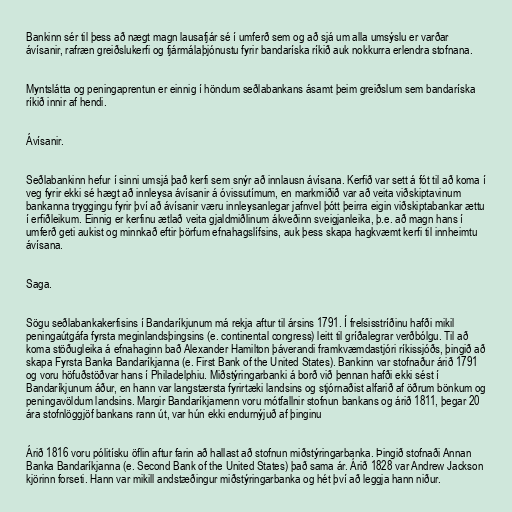
Bankinn sér til þess að nægt magn lausafjár sé í umferð sem og að sjá um alla umsýslu er varðar
ávísanir, rafræn greiðslukerfi og fjármálaþjónustu fyrir bandaríska ríkið auk nokkurra erlendra stofnana.

Myntslátta og peningaprentun er einnig í höndum seðlabankans ásamt þeim greiðslum sem bandaríska
ríkið innir af hendi.

Ávísanir.

Seðlabankinn hefur í sinni umsjá það kerfi sem snýr að innlausn ávísana. Kerfið var sett á fót til að koma í
veg fyrir ekki sé hægt að innleysa ávísanir á óvissutímum, en markmiðið var að veita viðskiptavinum
bankanna tryggingu fyrir því að ávísanir væru innleysanlegar jafnvel þótt þeirra eigin viðskiptabankar ættu
í erfiðleikum. Einnig er kerfinu ætlað veita gjaldmiðlinum ákveðinn sveigjanleika, þ.e. að magn hans í
umferð geti aukist og minnkað eftir þörfum efnahagslífsins, auk þess skapa hagkvæmt kerfi til innheimtu
ávísana.

Saga.

Sögu seðlabankakerfisins í Bandaríkjunum má rekja aftur til ársins 1791. Í frelsisstríðinu hafði mikil
peningaútgáfa fyrsta meginlandsþingsins (e. continental congress) leitt til gríðalegrar verðbólgu. Til að
koma stöðugleika á efnahaginn bað Alexander Hamilton þáverandi framkvæmdastjóri ríkissjóðs, þingið að
skapa Fyrsta Banka Bandaríkjanna (e. First Bank of the United States). Bankinn var stofnaður árið 1791
og voru höfuðstöðvar hans í Philadelphiu. Miðstýringarbanki á borð við þennan hafði ekki sést í
Bandaríkjunum áður, en hann var langstærsta fyrirtæki landsins og stjórnaðist alfarið af öðrum bönkum og
peningavöldum landsins. Margir Bandaríkjamenn voru mótfallnir stofnun bankans og árið 1811, þegar 20
ára stofnlöggjöf bankans rann út, var hún ekki endurnýjuð af þinginu

Árið 1816 voru pólitísku öflin aftur farin að hallast að stofnun miðstýringarbanka. Þingið stofnaði Annan
Banka Bandaríkjanna (e. Second Bank of the United States) það sama ár. Árið 1828 var Andrew Jackson
kjörinn forseti. Hann var mikill andstæðingur miðstýringarbanka og hét því að leggja hann niður.